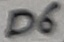
Text: D6